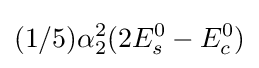
(1/5)\alpha _{2}^{2}(2E_{s}^{0}-E_{c}^{0})